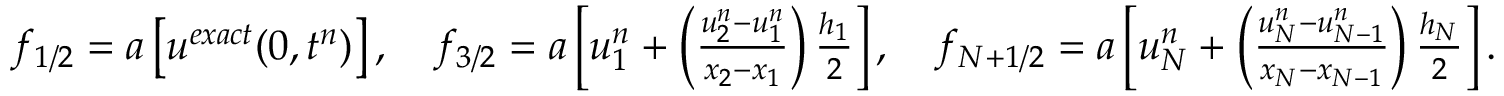
\begin{array} { r } { f _ { 1 / 2 } = a \left[ u ^ { e x a c t } ( 0 , t ^ { n } ) \right] , \quad f _ { 3 / 2 } = a \left[ u _ { 1 } ^ { n } + \left( \frac { u _ { 2 } ^ { n } - u _ { 1 } ^ { n } } { x _ { 2 } - x _ { 1 } } \right) \frac { h _ { 1 } } { 2 } \right] , \quad f _ { N + 1 / 2 } = a \left[ u _ { N } ^ { n } + \left( \frac { u _ { N } ^ { n } - u _ { N - 1 } ^ { n } } { x _ { N } - x _ { N - 1 } } \right) \frac { h _ { N } } { 2 } \right] . } \end{array}